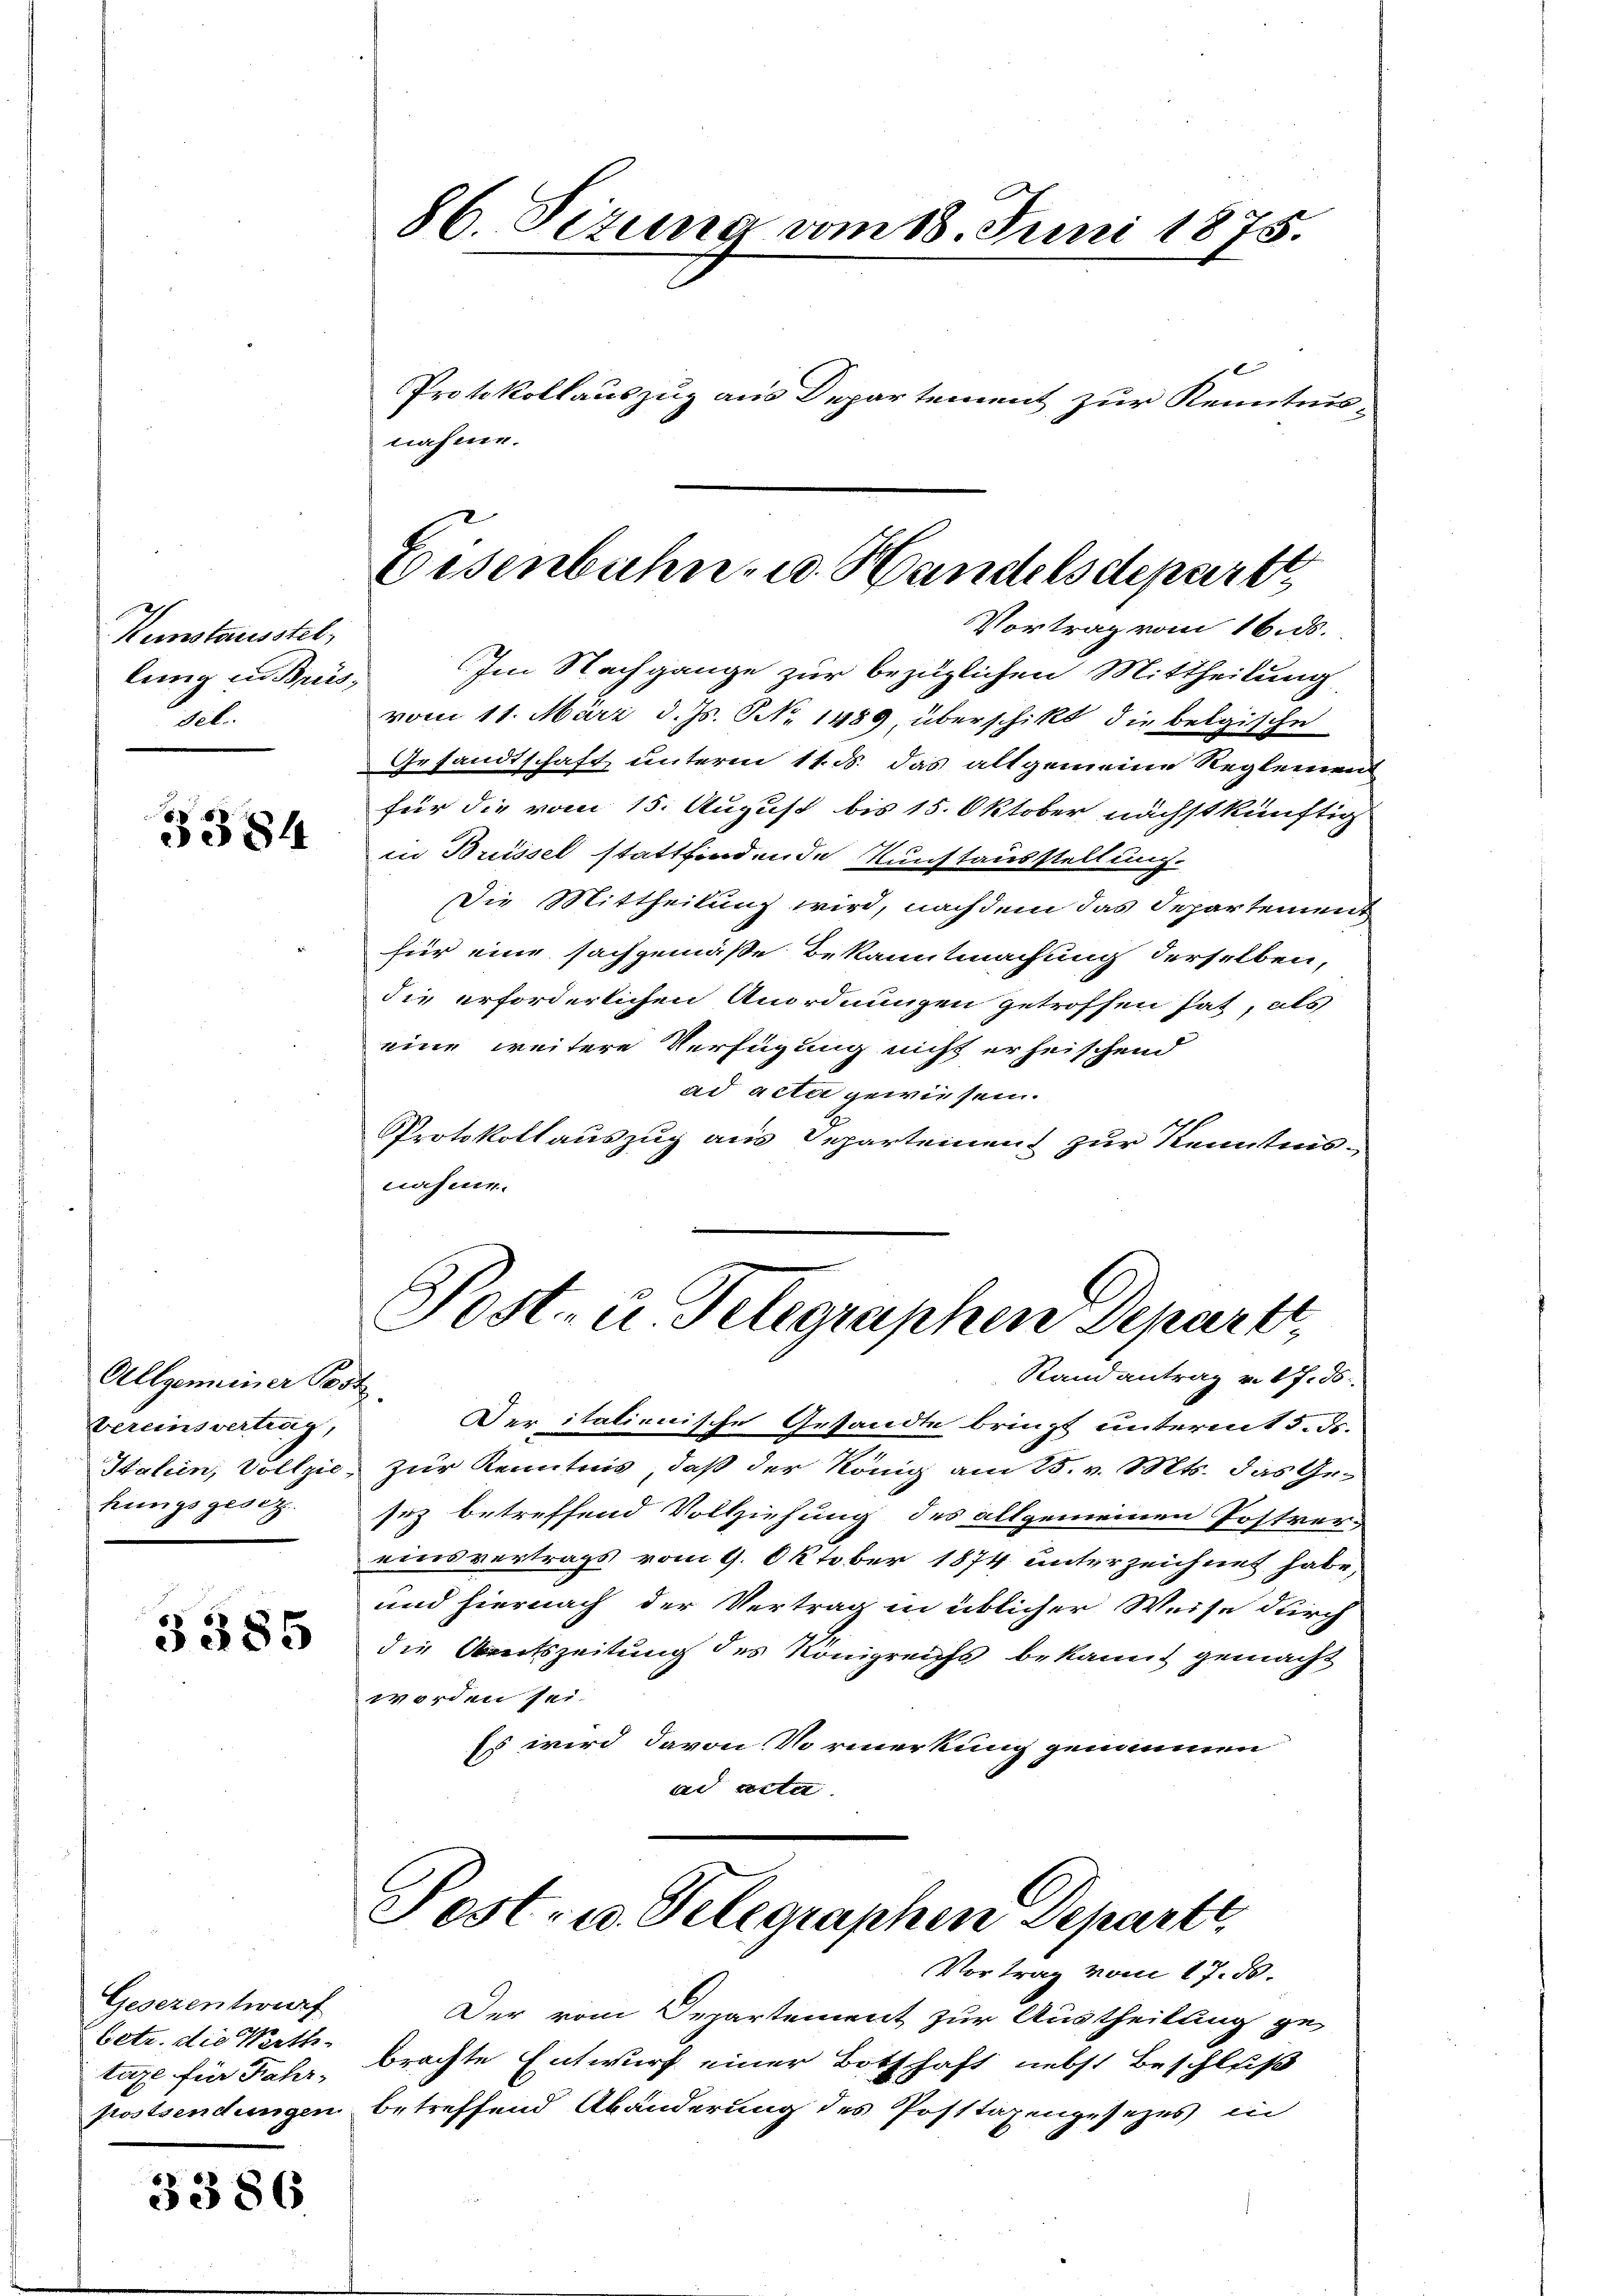
Kunstausstel
lung in Bris
ele

3384

Allgemeiner Post
Vereinsvertrag,
hungsgesetz.

3385

Gesezentwurf
betr. die Werth
taxe für Fahrpostsendungen

3386

86. Sizung vom 18. Juni 1875.

x
Vortrag vom 16. ds.
Im Nachgange zur bezüglichen Mittheilung
vom 11. März d. Js. No. 1489, überschikt die belgische
Gesandtschaft unterm 11. d. das altgemeine Reglemen
für die vom 15. August bis 15. Oktober nächstkünftig
in Brüssel stattfindende Kunstausstellung.
Die Mittheilung wird, nachdem das Departement
für eine sachgemäße Bekanntmachung derselben,
die erforderlichen Anordnungen getroffen hat, als
eine weitere Verfügung nicht erheischend
ad acte gewiesem.
Protokollauszug aus Departement zur Kenntnis-
nahme.

nahme.

Protokollauszug aus Departement zur Kenntnis-

Eisenbahn, u. Handelsdepartt

Post- u. Telegraphen Departe,

Rand antrag v. 8 f. 36.
Der italienische Gesandte bringt untermit 5. ds.
Italien, Vollzić, zur Kenntnis, daß der König am 25. v. Mts. das Gesez betreffend Vollziehung des allgemeinen Postrer
einsvertrags vom 9. Oktober 1874 unterzeichnet habe,
und hiernach der Vertrag in üblicher Weise durch
die Armutszeitung des Königreichs bekannt gemacht
worden sei.
Es wird davon Vormerkung genommen
ad acta.

Post- u. Telegraphen Departe

Vortrag vom 17. ds.
Der vom Departement zur Austheilung ge-
brachte Entwurf einer Botschaft nebst Beschluß
betreffend Abänderung des Posttagengesezes in